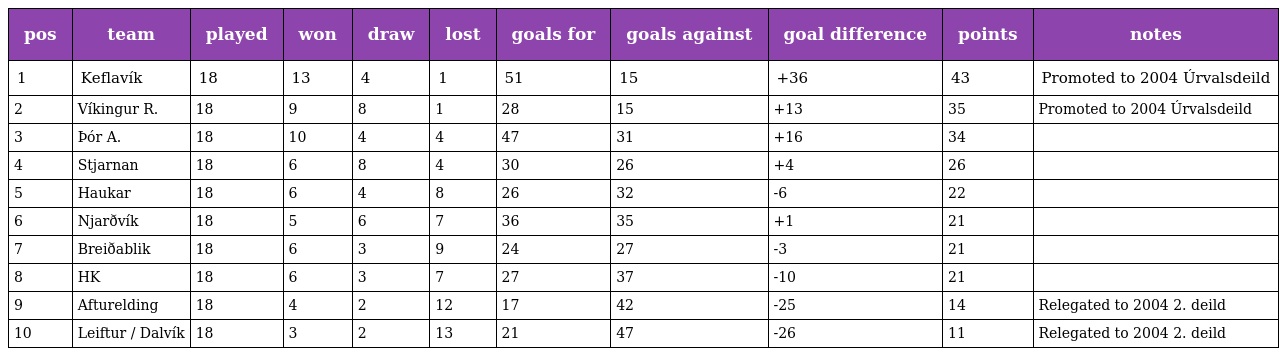
| pos | team | played | won | draw | lost | goals for | goals against | goal difference | points | notes |
 | --- | --- | --- | --- | --- | --- | --- | --- | --- | --- | --- |
 | 1 | Keflavík | 18 | 13 | 4 | 1 | 51 | 15 | +36 | 43 | Promoted to 2004 Úrvalsdeild |
 | 2 | Víkingur R. | 18 | 9 | 8 | 1 | 28 | 15 | +13 | 35 | Promoted to 2004 Úrvalsdeild |
 | 3 | Þór A. | 18 | 10 | 4 | 4 | 47 | 31 | +16 | 34 |  |
 | 4 | Stjarnan | 18 | 6 | 8 | 4 | 30 | 26 | +4 | 26 |  |
 | 5 | Haukar | 18 | 6 | 4 | 8 | 26 | 32 | -6 | 22 |  |
 | 6 | Njarðvík | 18 | 5 | 6 | 7 | 36 | 35 | +1 | 21 |  |
 | 7 | Breiðablik | 18 | 6 | 3 | 9 | 24 | 27 | -3 | 21 |  |
 | 8 | HK | 18 | 6 | 3 | 7 | 27 | 37 | -10 | 21 |  |
 | 9 | Afturelding | 18 | 4 | 2 | 12 | 17 | 42 | -25 | 14 | Relegated to 2004 2. deild |
 | 10 | Leiftur / Dalvík | 18 | 3 | 2 | 13 | 21 | 47 | -26 | 11 | Relegated to 2004 2. deild |